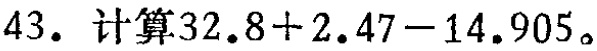
43. 计算\(32.8 + 2.47 - 14.905\)。